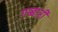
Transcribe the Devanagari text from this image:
गब्बारी